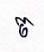
ច